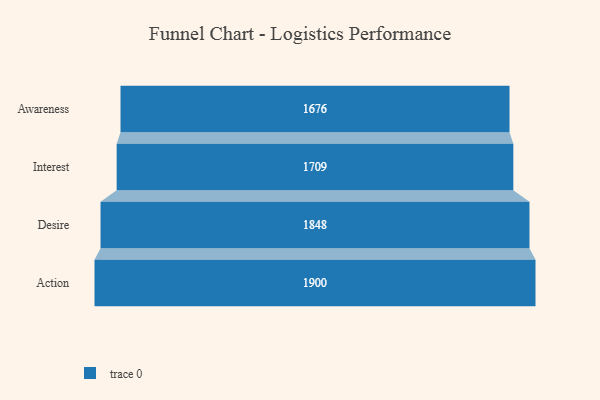
{"axis": {"x": "Stage", "y": "Value"}, "legend": [""], "data": [{"x": "Awareness", "y": 1676.0, "type": ""}, {"x": "Interest", "y": 1709.0, "type": ""}, {"x": "Desire", "y": 1848.0, "type": ""}, {"x": "Action", "y": 1900.0, "type": ""}]}